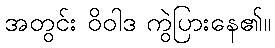
အတွင်း ဝိဝါဒ ကွဲပြားနေ၏။